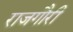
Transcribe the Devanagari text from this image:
राजगौरी